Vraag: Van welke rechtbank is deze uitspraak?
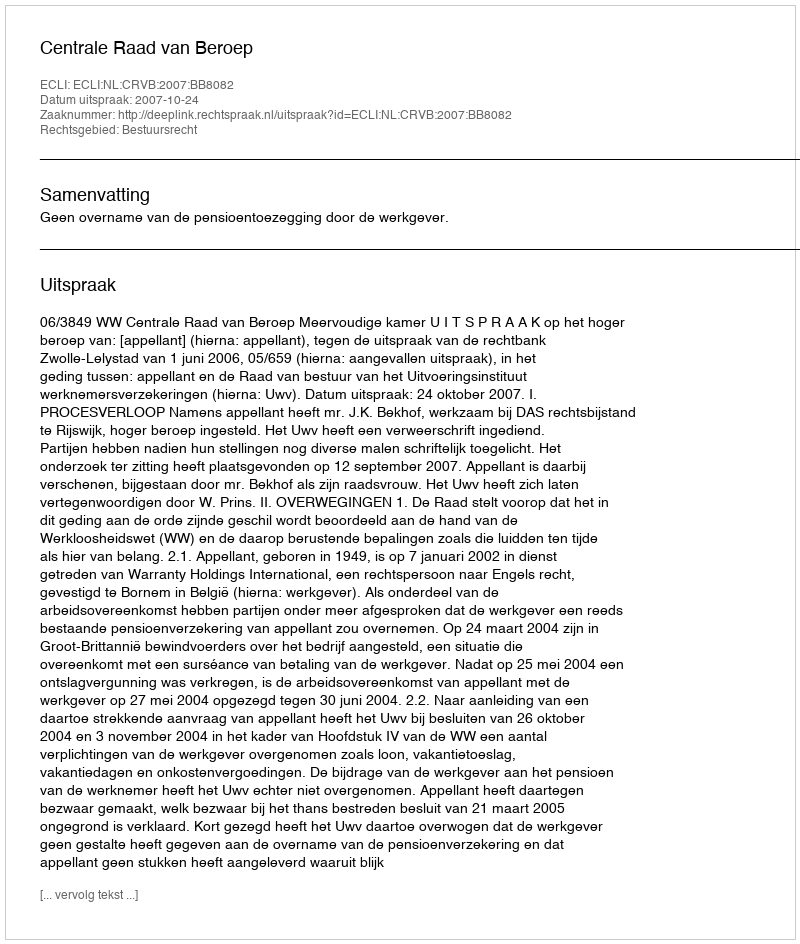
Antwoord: Centrale Raad van Beroep